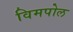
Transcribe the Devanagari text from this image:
विमपोल